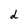
Character: d